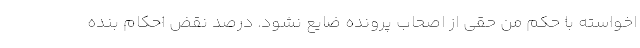
اخواسته با حکم من حقی از اصحاب پرونده ضایع نشود. درصد نقض احکام بنده